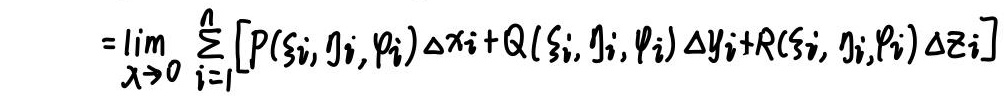
\[
=\lim_{\lambda \to 0} \sum_{i = 1}^{n} [P(\xi_i, \eta_i, \varphi_i)\Delta x_i + Q(\xi_i, \eta_i, \varphi_i)\Delta y_i + R(\xi_i, \eta_i, \varphi_i)\Delta z_i]
\]